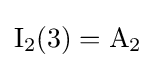
\mathrm {I} _{2}(3)=\mathrm {A} _{2}